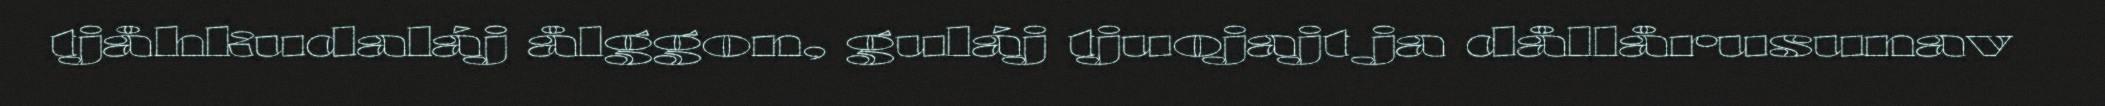
tjåhkudaláj ålggon, guláj tjuojajt ja dållårusunav